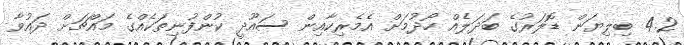
4.2 ބިލިޔަން ޑޮލަރުގެ ބަދަލެއް ހޯދުމަށް އެމެރިކާއިން ސައޫދީ ކުންފުނިތަކެއްގެ މައްޗަށް ދައުވާ